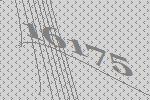
16175